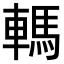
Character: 𨎇